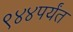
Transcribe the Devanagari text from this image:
९४४पर्यंत